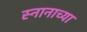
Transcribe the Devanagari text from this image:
स्नानाच्या